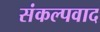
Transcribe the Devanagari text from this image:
संकल्पवाद